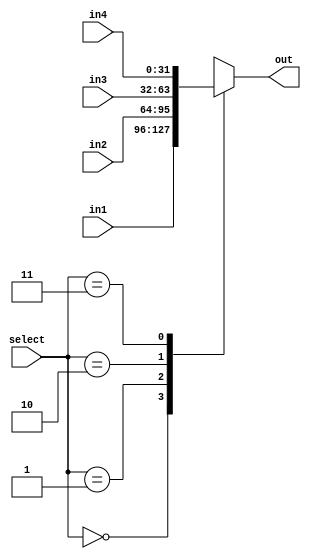
`timescale 1ns / 1ps
//////////////////////////////////////////////////////////////////////////////////
// Company: 
// Engineer: 
// 
// Design Name: 
// Module Name: mux4_1
// Project Name: 
// Target Devices: 
// Tool Versions: 
// Description: 
// 
// Dependencies: 
// 
// Revision:
// Revision 0.01 - File Created
// Additional Comments:
// 
//////////////////////////////////////////////////////////////////////////////////


module mux4_1(
        input [31:0] in1,
        input [31:0] in2,
        input [31:0] in3,
        input [31:0] in4,
        input [1:0] select,
        output reg [31:0] out
    );
    /*
    assign out = (~select[0] & ~select[1] & in1) | (~select[0] & select[1] & in2) | 
                 (select[0] & ~select[1] & in3) | (select[0] & select[1] & in4);*/
 always@(in1,in2,in3,in4,select) begin
    case(select)
      2'b00: out = in1;
      2'b01: out = in2;
      2'b10: out = in3;
      2'b11: out = in4;
    endcase
  end
endmodule